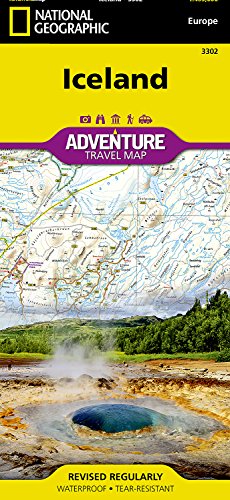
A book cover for Iceland (National Geographic Adventure Map); National Geographic Maps - Adventure; Reference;